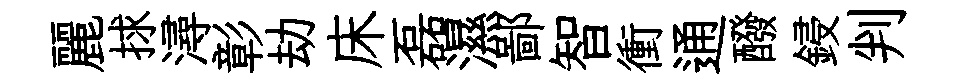
麗捄潯彰劫床磊濕鄙智衝通醱鋟判